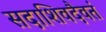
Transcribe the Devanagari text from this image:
सदाशिवदैवतं